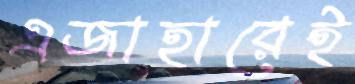
এজাহারেই